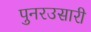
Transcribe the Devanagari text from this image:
पुनरउसारी